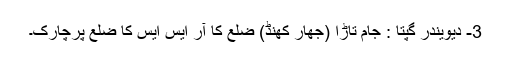
3- دیویندر گپتا : جام تاڑا (جھار کھنڈ) ضلع کا آر ایس ایس کا ضلع پرچارک۔